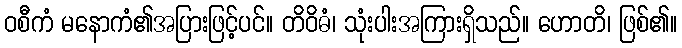
ဝစီကံ မနောကံ၏အပြားဖြင့်ပင်။ တိဝိဓံ၊ သုံးပါးအကြားရှိသည်။ ဟောတိ၊ ဖြစ်၏။